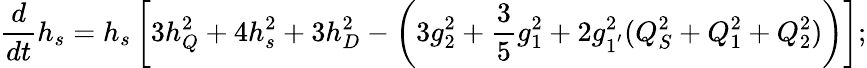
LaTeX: \frac{d}{dt}h_{s}=h_{s}\left[3h_{Q}^{2}+4h_{s}^{2}+3h_{D}^{2}-\left(3g_{2}^{2}+\frac{3}{5}g_{1}^{2}+2g_{1^{'}}^{2}(Q_{S}^{2}+Q_{1}^{2}+Q_{2}^{2})\right)\right];